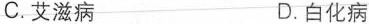
C.艾滋病 D.白化病